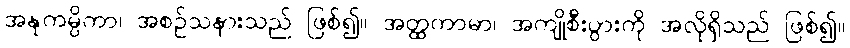
အနုကမ္ပိကာ၊ အစဉ်သနားသည် ဖြစ်၍။ အတ္ထကာမာ၊ အကျိုစီးပွားကို အလိုရှိသည် ဖြစ်၍။